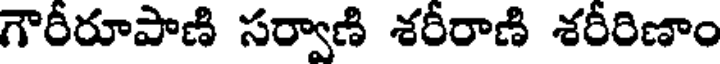
గౌరీరూపాణి సర్వాణి శరీరాణి శరీరిణాం